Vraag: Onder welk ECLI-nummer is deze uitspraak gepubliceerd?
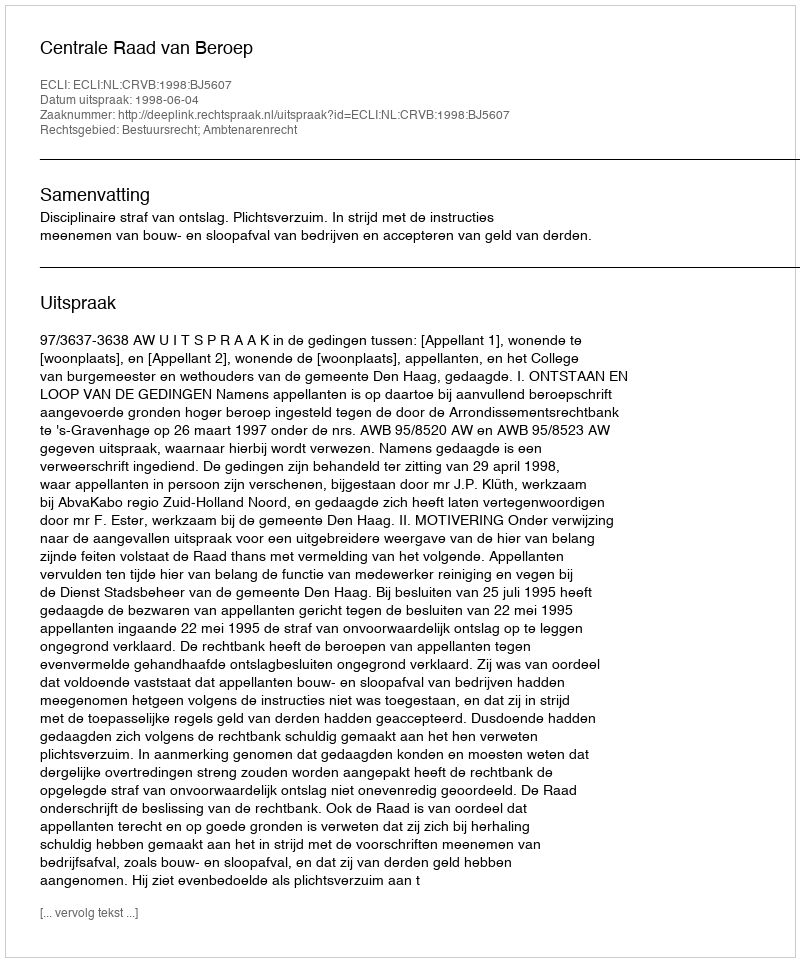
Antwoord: ECLI:NL:CRVB:1998:BJ5607